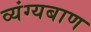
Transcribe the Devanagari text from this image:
व्यंग्यबाण